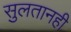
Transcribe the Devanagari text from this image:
सुलतानही